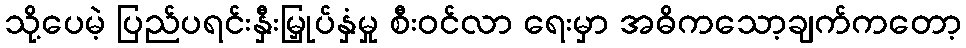
သို့ပေမဲ့ ပြည်ပရင်းနှီးမြှုပ်နှံမှု စီးဝင်လာ ရေးမှာ အဓိကသော့ချက်ကတော့